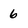
Character: 6